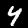
Label: 4